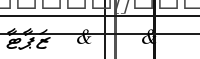
&    &  ޒަޕާޓާ